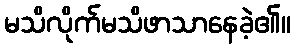
မသိလိုက်မသိဖာသာနေခဲ့၏။